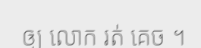
ឲ្យ លោក រត់ គេច ។